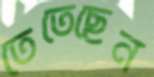
তেতেছেন